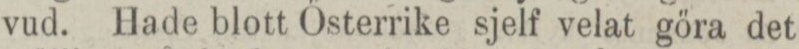
vud. Hade blott Österrike sjelf velat göra det